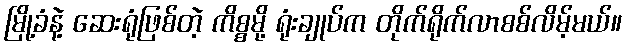
မြို့ခံနဲ့ ဆေးရုံဖြစ်တဲ့ ကိစ္စမို့ ရုံးချုပ်က တိုက်ရိုက်လာစစ်လိမ့်မယ်။